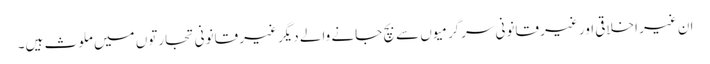
ان غیر اخلاقی اور غیر قانونی سرگرمیوں سے بچ جانے والے دیگر غیر قانونی تجارتوں میں ملوث ہیں۔